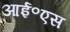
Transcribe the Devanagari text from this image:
आई॰एस